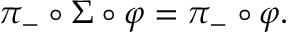
\pi _ { - } \circ \Sigma \circ \varphi = \pi _ { - } \circ \varphi .